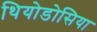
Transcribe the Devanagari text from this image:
थियोडोसिया